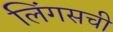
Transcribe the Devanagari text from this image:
लिंगसची